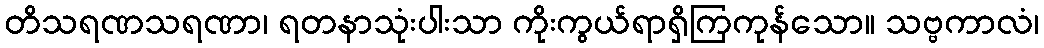
တိသရဏသရဏာ၊ ရတနာသုံးပါးသာ ကိုးကွယ်ရာရှိကြကုန်သော။ သဗ္ဗကာလံ၊